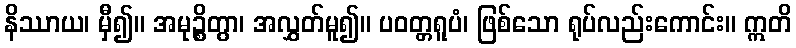
နိဿာယ၊ မှီ၍။ အမုဉ္စိတွာ၊ အလွှတ်မူ၍။ ပဝတ္တရူပံ၊ ဖြစ်သော ရုပ်လည်းကောင်း။ ဣတိ